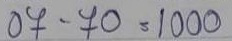
07 - 70 = 1000